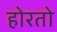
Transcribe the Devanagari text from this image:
होरतो